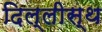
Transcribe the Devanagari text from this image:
दिल्लीस्थ